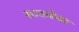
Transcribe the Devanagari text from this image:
सातवेळा